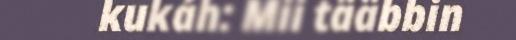
kukáh: Mii tääbbin